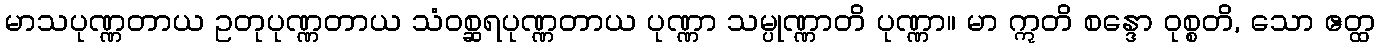
မာသပုဏ္ဏတာယ ဥတုပုဏ္ဏတာယ သံဝစ္ဆရပုဏ္ဏတာယ ပုဏ္ဏာ သမ္ပုဏ္ဏာတိ ပုဏ္ဏာ။ မာ ဣတိ စန္ဒော ဝုစ္စတိ, သော ဧတ္ထ